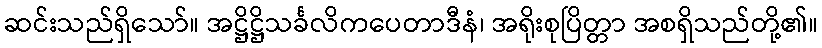
ဆင်းသည်ရှိသော်။ အဋ္ဌိဋ္ဌိသင်္ခလိကပေတာဒီနံ၊ အရိုးစုပြိတ္တာ အစရှိသည်တို့၏။